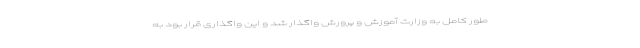
طور کامل به وزارت آموزش و پرورش واگذار شد و این واگذاری قرار بود به